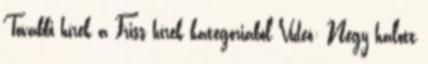
További hírek a Friss hírek kategóriából Videó: Négy halott